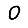
Digit: 0